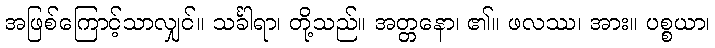
အဖြစ်ကြောင့်သာလျှင်။ သင်္ခါရာ၊ တို့သည်။ အတ္တနော၊ ၏။ ဖလဿ၊ အား။ ပစ္စယာ၊